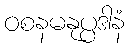
ဝစနမနုပ္ပဒါနံ